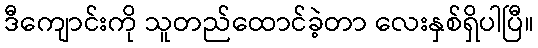
ဒီကျောင်းကို သူတည်ထောင်ခဲ့တာ လေးနှစ်ရှိပါပြီ။